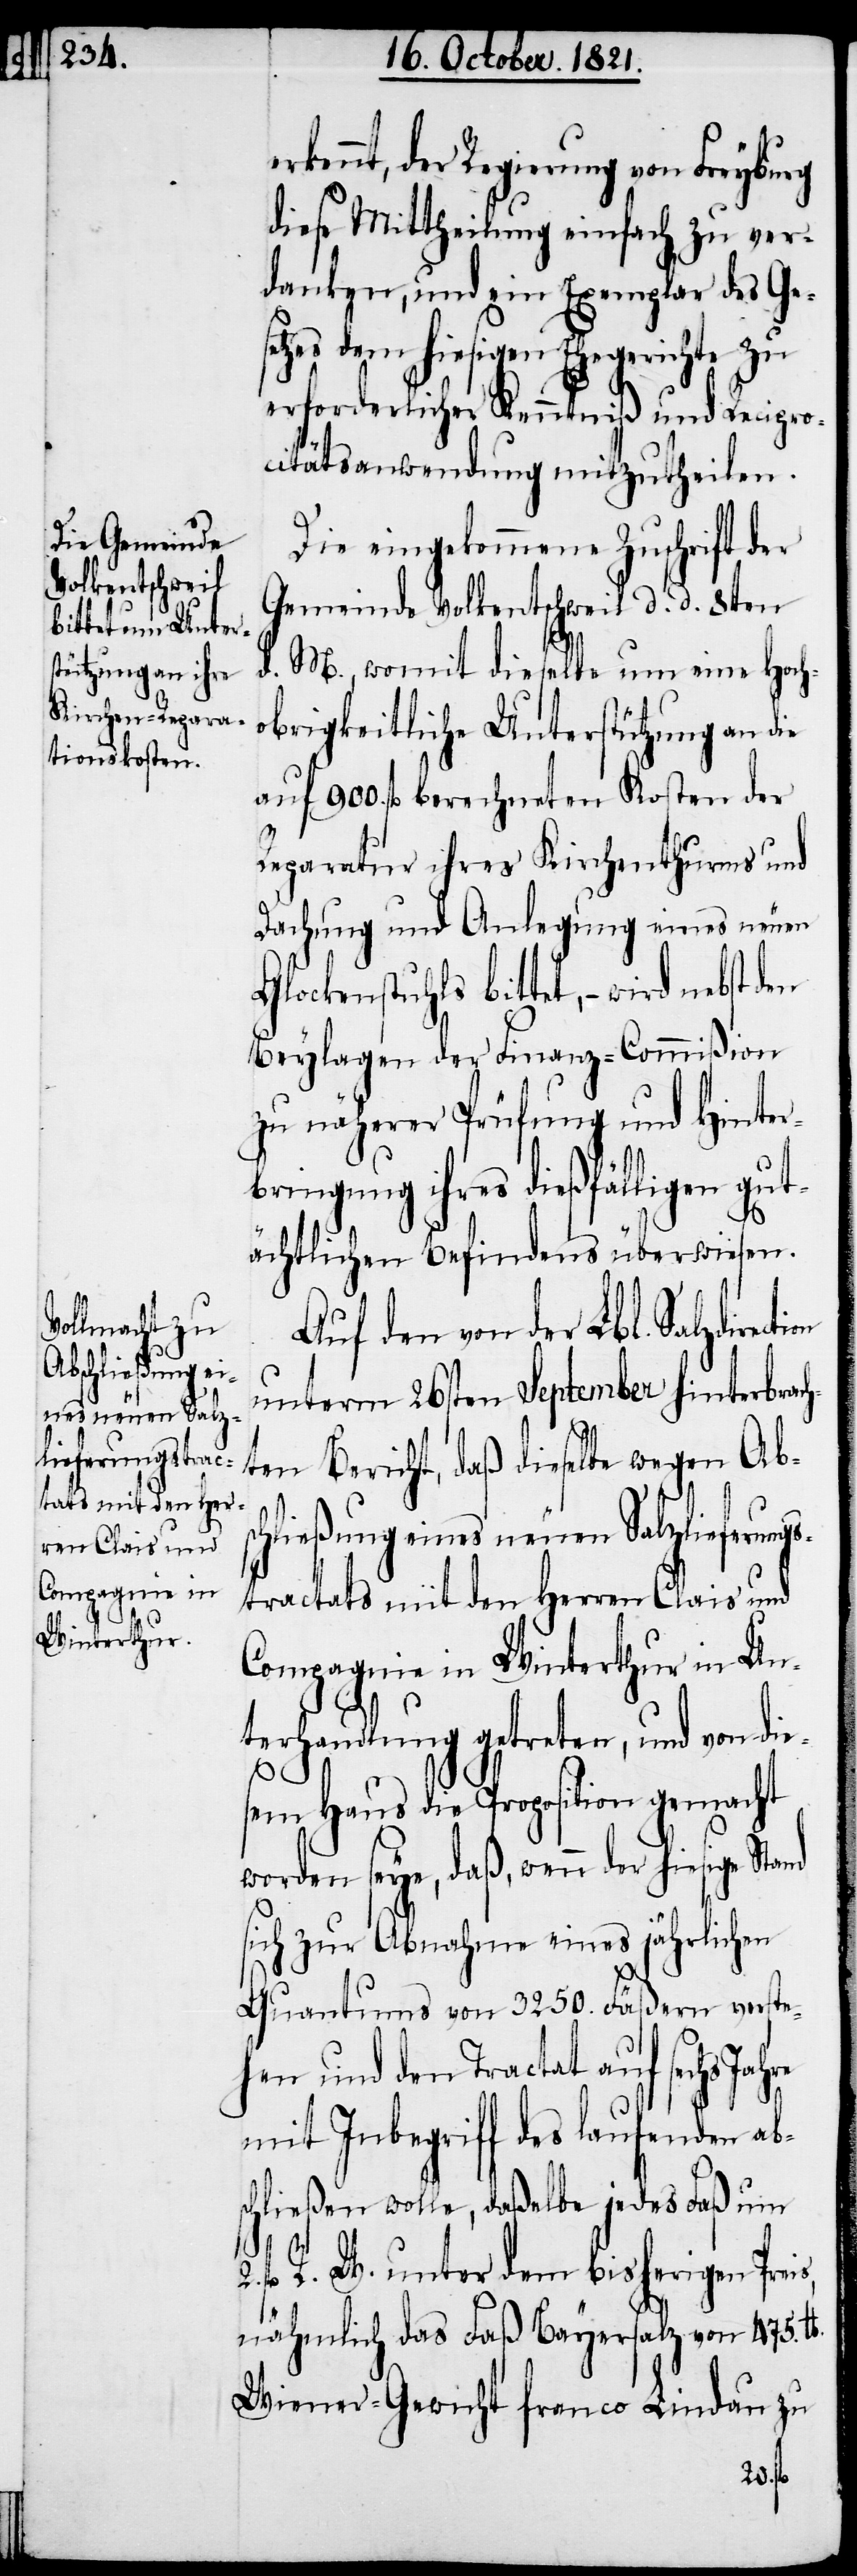
s,

rkennt, der Regierung von Freyburg
diese Mittheilung einfach zu ver¬
danken, und ein Exemplar des Ges¬
etzes dem hiesigen Ehegerichte zu
erforderlicher Kenntniß und Recipro¬
citätsanwendung mitzutheilen.
Die eingekommene Zuschrift der
Gemeinde Volkentschweil d. d. 8ten
d. M., womit dieselbe um eine Hoch¬
obrigkeitliche Unterstützung an die
auf 900. fl. berechneten Kosten der
Reparation ihres Kirchthurms und
Dachung und Anlegung eines neuen
Glockenstuhls bittet, – wird
Beylagen der Finanz-Commißion
zu näherer Prüfung und Hinter¬
bringung ihres dießfälligen gut¬
ächtlichen Befindens überwiesen.
Auf den von der Lbl. Salzdire¬
unterm 26sten September hinterbrach¬
ten Bericht, daß dieselbe wegen Absc¬
hließung eines neuen Salzlieferung¬
stractats mit dem Herrn Clais und
Compagnie in Winterthur in Un¬
terhandlung getreten, und von di¬
esem Haus die Proposition gemacht
worden sey, daß, wenn der hiesige
sich zur Abnahme eines jährlichen
Quantums von 3250. Fäßern verste¬
hen und den Tractat auf sechs Jah¬
mit Inbegriff des laufenden ab¬
schließen wolle, daßelbe jedes Faß um
fl. R. W. unter dem bisherigen Prei¬
nähmlich das Faß Bayersalz von 475.
Wiener Gewicht franco Lindau zu